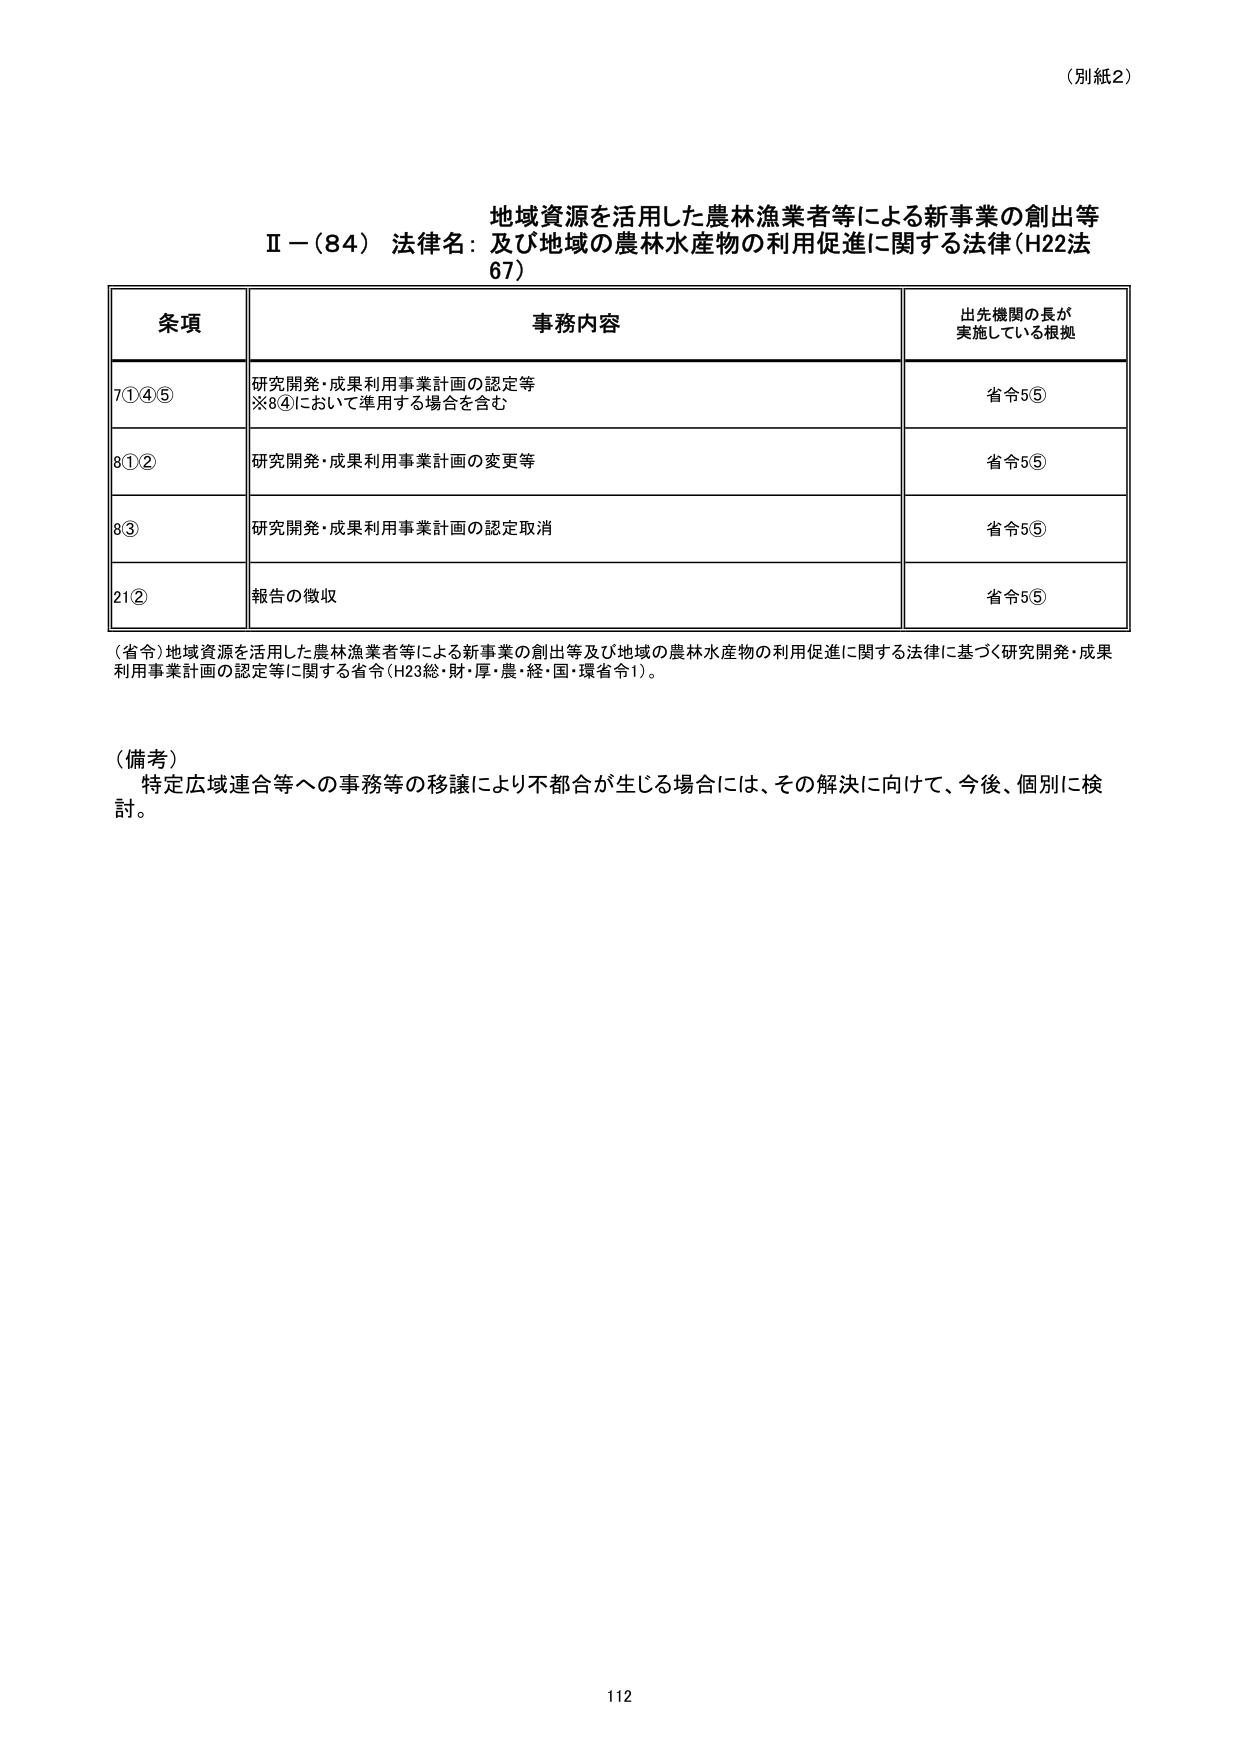
（別紙2）

地域資源を活用した農林漁業者等による新事業の創出等
Ⅱ－（84） 法律名：及び地域の農林水産物の利用促進に関する法律（H22法67）

条項 事務内容 出先機関の長が実施している根拠
7①④⑤ 研究開発・成果利用事業計画の認定等
※8④において準用する場合を含む 省令5⑤
8①② 研究開発・成果利用事業計画の変更等 省令5⑤
8③ 研究開発・成果利用事業計画の認定取消 省令5⑤
21② 報告の徴収 省令5⑤

（省令）地域資源を活用した農林漁業者等による新事業の創出等及び地域の農林水産物の利用促進に関する法律に基づく研究開発・成果利用事業計画の認定等に関する省令（H23総・財・厚・農・経・国・環省令1）。

（備考）
特定広域連合等への事務等の移譲により不都合が生じる場合には、その解決に向けて、今後、個別に検討。

112